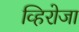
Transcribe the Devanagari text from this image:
व्हिरोजा